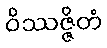
ဝိဿဇ္ဇိတံ